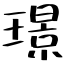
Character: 璟